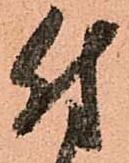
付